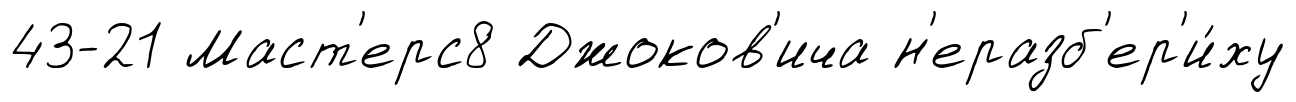
43-21 Маст'ерс8 Джоков'ича н'еразб'ер'и́ху